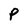
Character: P